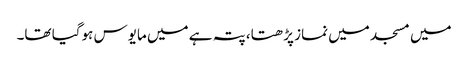
میں مسجد میں نماز پڑھتا، پتہ ہے میں مایوس ہوگیا تھا۔